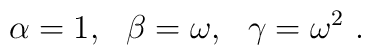
\alpha=1,~~\beta=\omega,~~\gamma=\omega^2 \ .